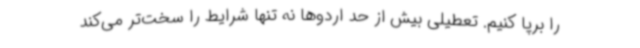
را برپا کنیم. تعطیلی بیش از حد اردوها نه تنها شرایط را سخت‌تر می‌کند